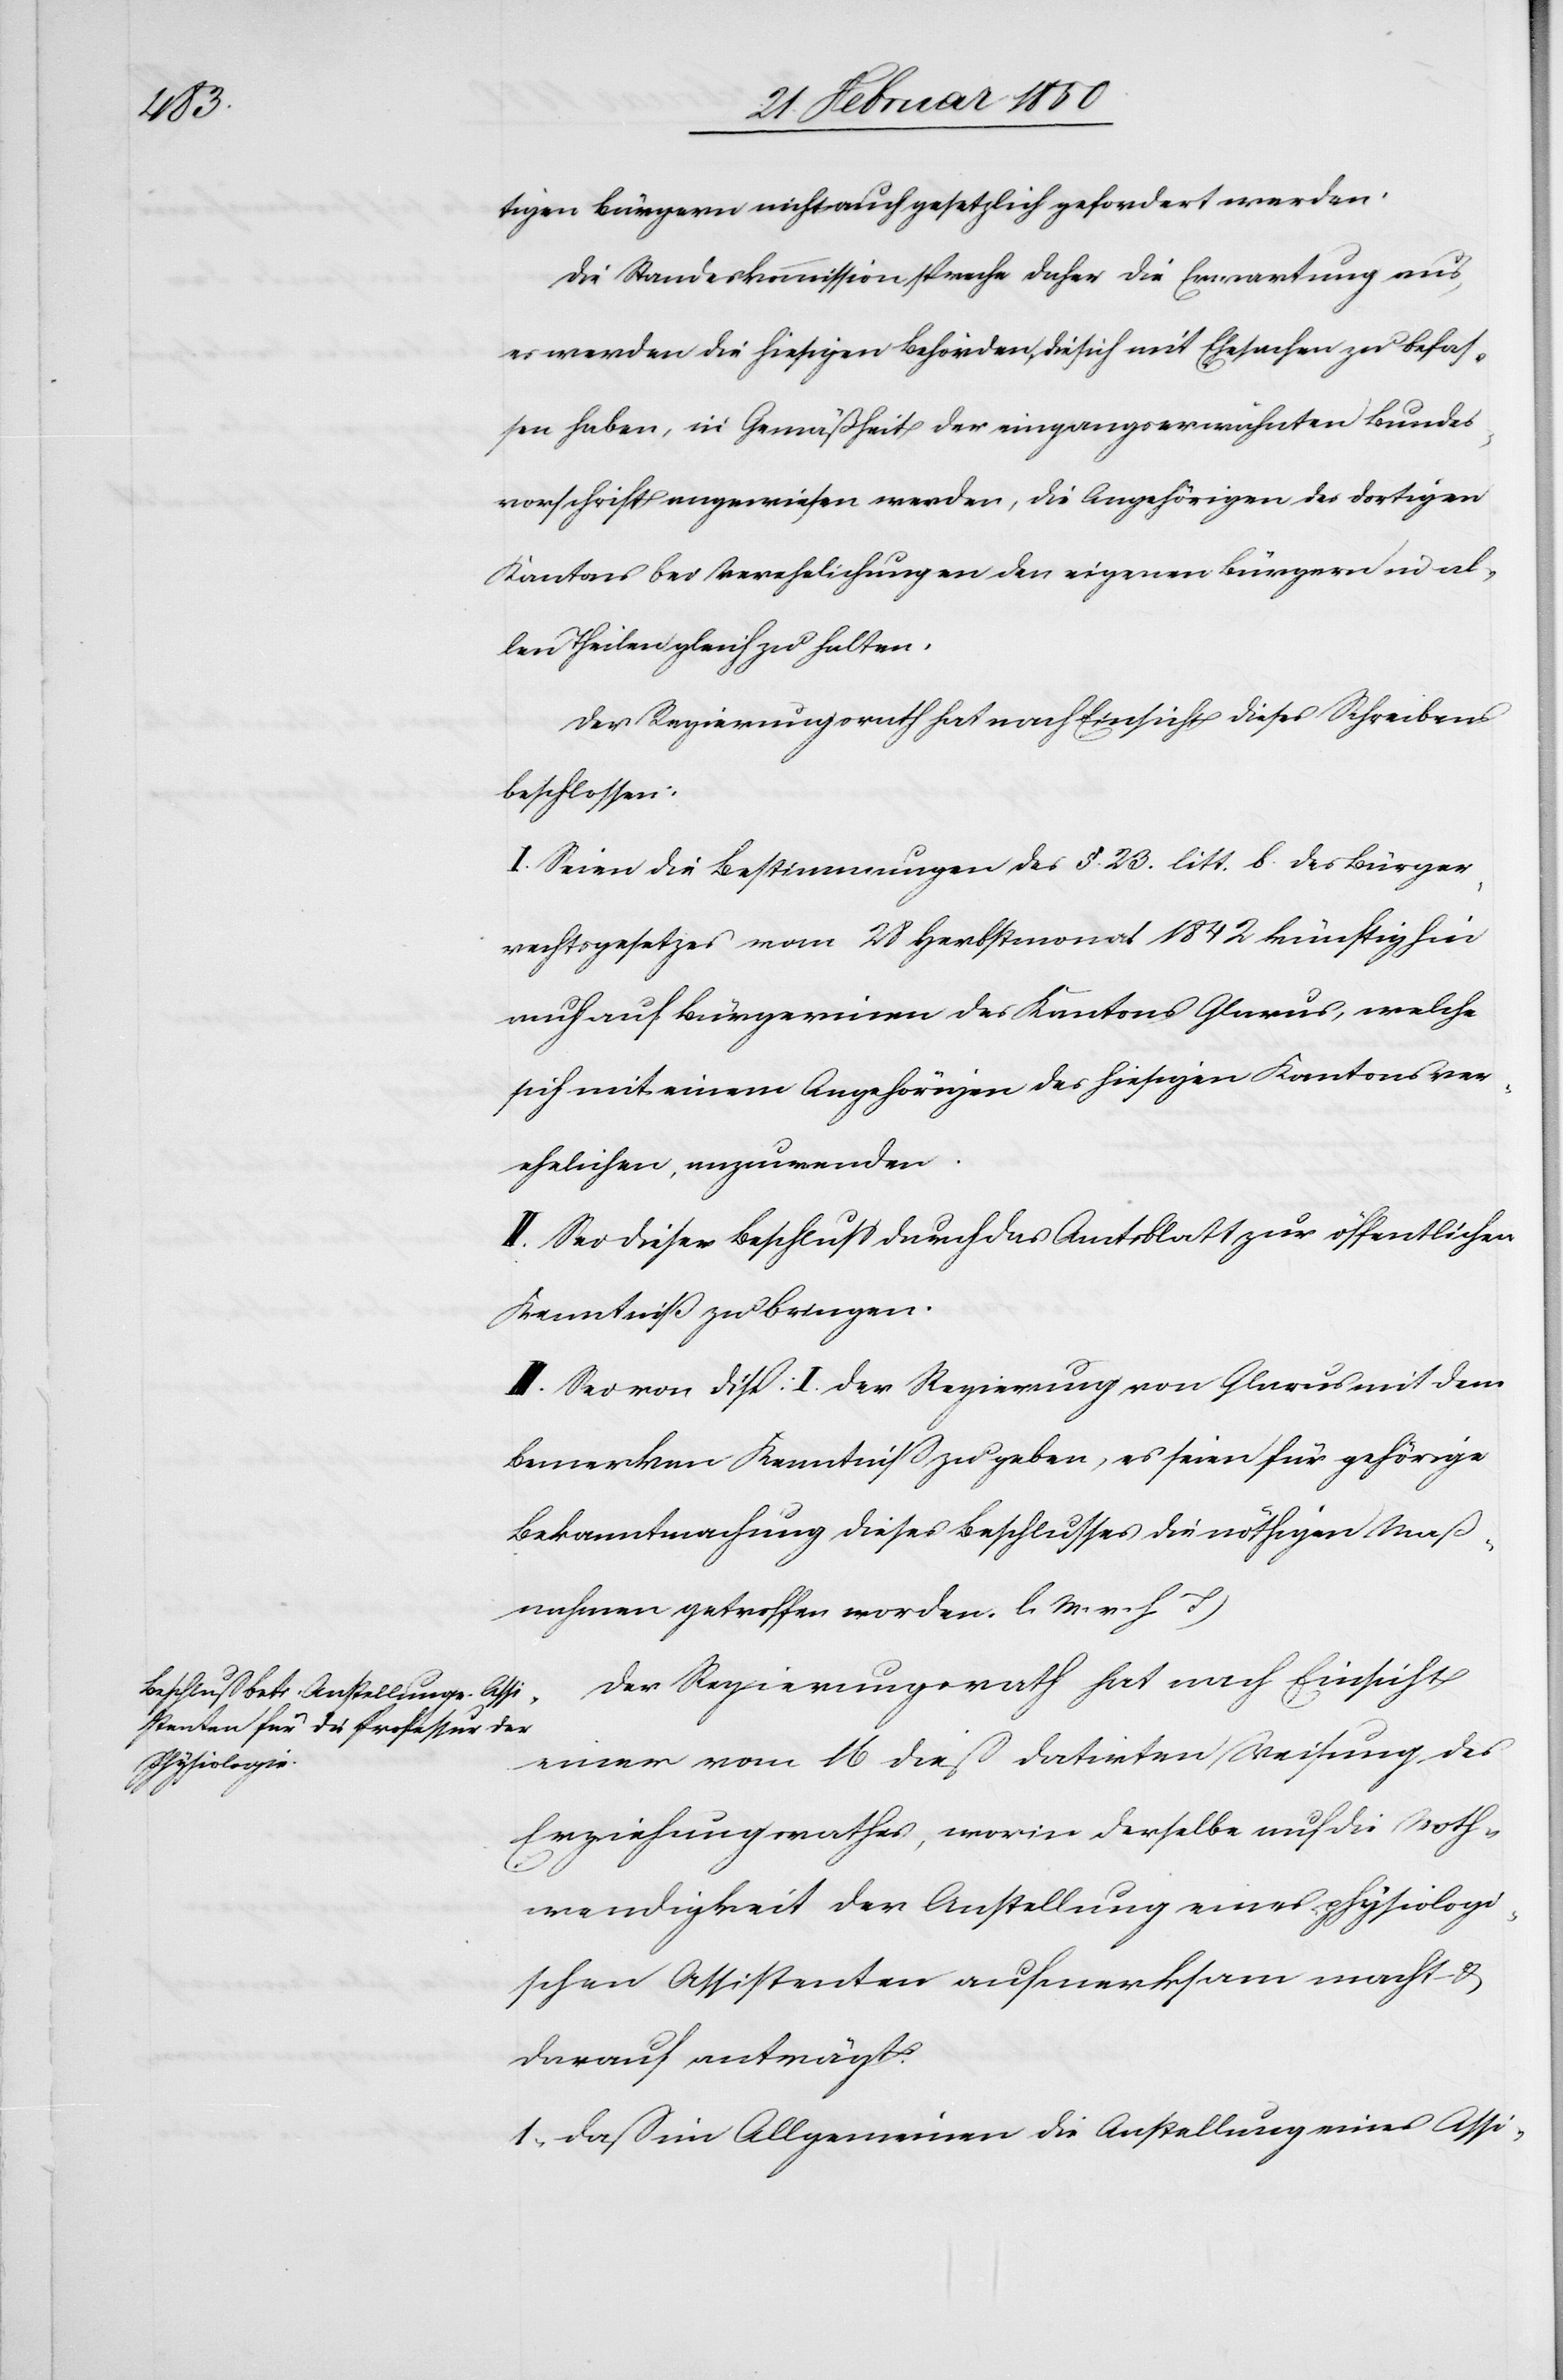
tigen Bürgern nicht auch gesetzlich gefordert werden.
Die Standeskommission spreche daher die Erwartung aus,
es werden die hiesigen Behörden, die sich mit Ehesachen zu befas¬
sen haben, in Gemäßheit der eingangserwähnten Bundes¬
vorschrift angewiesen werden, die Angehörigen des dortigen
Kantons bei Verehelichungen den eigenen Bürgern in al¬
len Theilen gleich zu halten.
Der Regierungsrath hat nach Einsicht dieses Schreibens
beschlossen:
I. Seien die Bestimmungen des §. 23. litt. b des Bürger¬
rechtsgesetzes vom 28 Herbstmonat 1842 künftighin
auch auf Bürgerinen des Kantons Glarus, welche
sich mit einem Angehörigen des hiesigen Kantons ver¬
ehelichen, anzuwenden.
II. Sei dieser Beschluß durch das Amtsblatt zur öffentlichen
Kenntniß zu bringen.
III. Sei von Disp. I. der Regierung von Glarus mit dem
Bemerken Kenntniß zu geben, es seien für gehörige
Bekanntmachung dieses Beschlusses die nöthigen Maß¬
nahmen getroffen worden. [(]l. M. v. h. T.)
Der Regierungsrath hat nach Einsicht
einer vom 16 dieß datirten Weisung des
Erziehungsrathes, worin derselbe auf die Noth¬
wendigkeit der Anstellung eines physiologi¬
schen Assistenten aufmerksam macht u.
darauf anträgt.
1. Daß im Allgemeinen die Anstellung eines Assi-